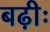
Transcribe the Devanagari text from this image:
बढ़ीः